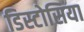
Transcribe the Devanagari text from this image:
डिस्टोसिया